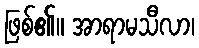
ဖြစ်၏။ အာရာမသီလာ၊